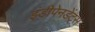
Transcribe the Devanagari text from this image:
इंडीपेनडेंट्स